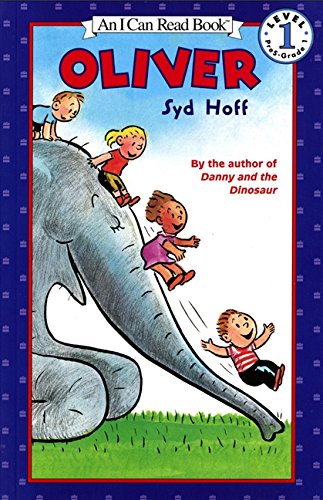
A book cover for Oliver (I Can Read Level 1); Syd Hoff; Children's Books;